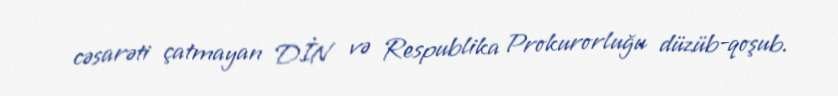
cəsarəti çatmayan DİN və Respublika Prokurorluğu düzüb-qoşub.